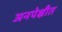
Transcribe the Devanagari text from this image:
अनपेक्षीत